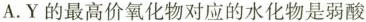
A.Y的最高价氧化物对应的水化物是弱酸